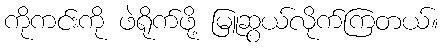
ကိုကင်းကို ဖဲရိုက်ဖို့ မြူဆွယ်လိုက်ကြတယ်။